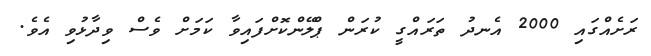
ރަށެއްގައި 2000 އެނދު ތަރައްގީ ކުރަން ޕްލޭންކޮށްފައިވާ ކަމަށް ވެސް ވިދާޅުވި އެވެ.